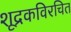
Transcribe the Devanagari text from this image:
शूद्रकविरचित